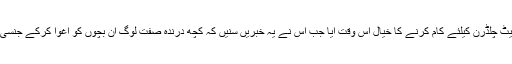
قوم کی اس بیٹی کو اسٹریٹ چلڈرن کیلئے کام کرنے کا خیال اس وقت آیا جب اس نے یہ خبریں سنیں کہ کچھ درندہ صفت لوگ ان بچوں کو اغوا کرکے جنسی تشدد کا نشانہ بناتے ہیں۔